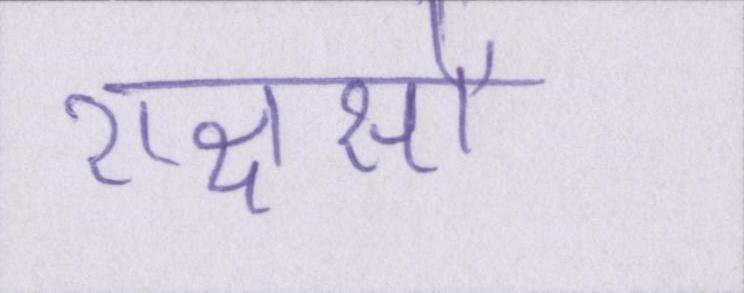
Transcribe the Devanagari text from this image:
राक्षसों